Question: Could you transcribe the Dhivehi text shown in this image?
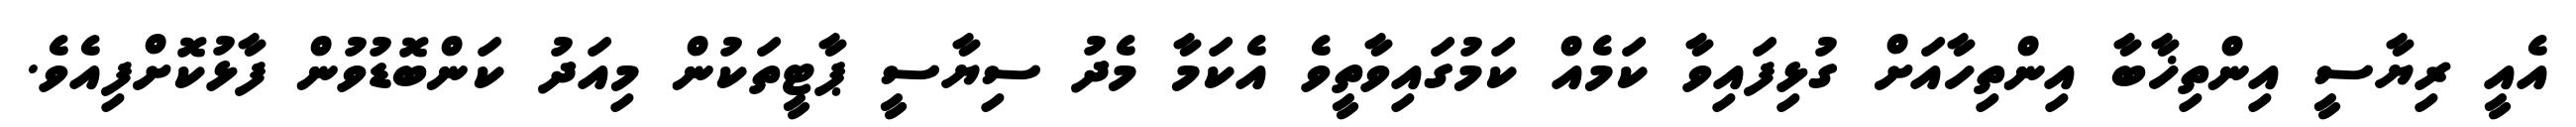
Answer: އެއީ ރިޔާސީ އިންތިޚާބާ އިންތިހާއަށް ގުޅިފައިވާ ކަމެއް ކަމުގައިވާތީވެ އެކަމާ މެދު ސިޔާސީ ޕާޓީތަކުން މިއަދު ކަންބޮޑުވުން ފާޅުކޮށްފިއެވެ.